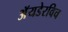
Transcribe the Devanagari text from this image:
अॅयडेरविच